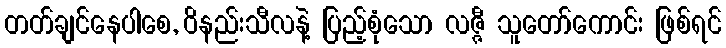
တတ်ချင်နေပါစေ, ဝိနည်းသီလနဲ့ ပြည့်စုံသော လဇ္ဇီ သူတော်ကောင်း ဖြစ်ရင်